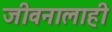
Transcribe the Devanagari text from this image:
जीवनालाही